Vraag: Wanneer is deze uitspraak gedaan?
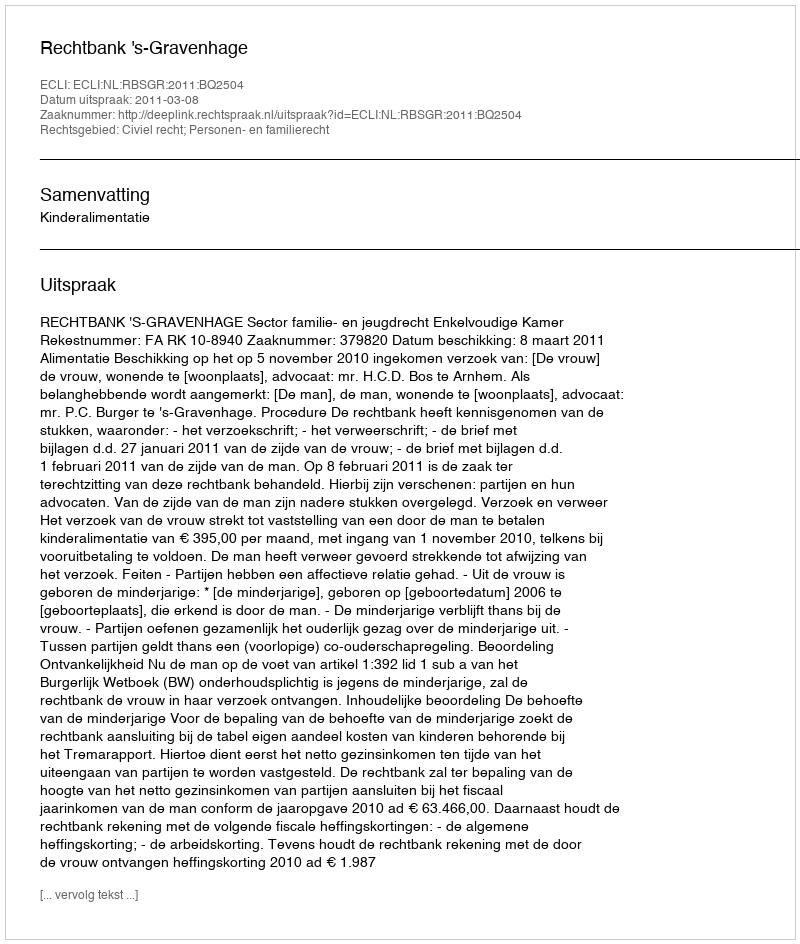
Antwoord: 2011-03-08